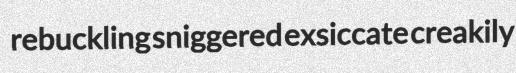
rebuckling sniggered exsiccate creakily